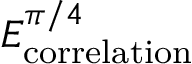
E _ { \mathrm { c o r r e l a t i o n } } ^ { \pi / 4 }